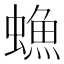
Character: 䗨